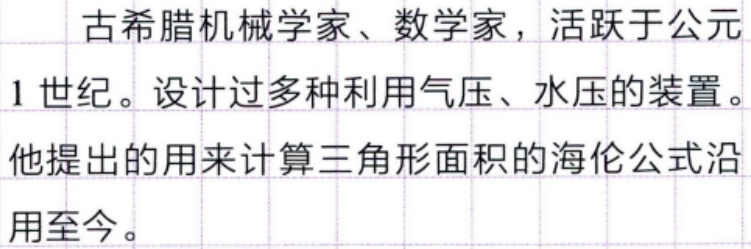
古希腊机械学家、数学家，活跃于公元
1 世纪。设计过多种利用气压、水压的装置。
他提出的用来计算三角形面积的海伦公式沿
用至今。